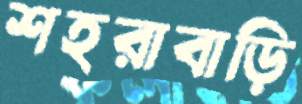
শহরাবাড়ি